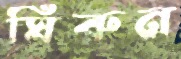
ঘিরুন